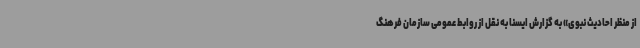
از منظر احادیث نبوی» به گزارش ایسنا به نقل از روابط عمومی سازمان فرهنگ